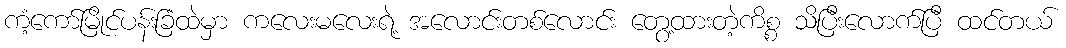
ကံ့ကော်မြိုင်ပန်းခြံထဲမှာ ကလေးမလေးရဲ့ အလောင်းတစ်လောင်း တွေ့ထားတဲ့ကိစ္စ သိပြီးလောက်ပြီ ထင်တယ်